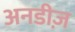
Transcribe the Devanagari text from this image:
अनडीज़